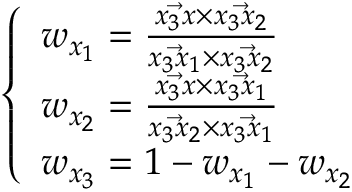
\left\{ \begin{array} { l l } { w _ { x _ { 1 } } = \frac { \Vec { x _ { 3 } x } \times \Vec { x _ { 3 } x _ { 2 } } } { \Vec { x _ { 3 } x _ { 1 } } \times \Vec { x _ { 3 } x _ { 2 } } } } \\ { w _ { x _ { 2 } } = \frac { \Vec { x _ { 3 } x } \times \Vec { x _ { 3 } x _ { 1 } } } { \Vec { x _ { 3 } x _ { 2 } } \times \Vec { x _ { 3 } x _ { 1 } } } } \\ { w _ { x _ { 3 } } = 1 - w _ { x _ { 1 } } - w _ { x _ { 2 } } } \end{array} \right.